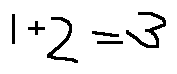
1 + 2 = 3